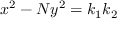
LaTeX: \ x ^ { 2 } - N y ^ { 2 } = k _ { 1 } k _ { 2 }